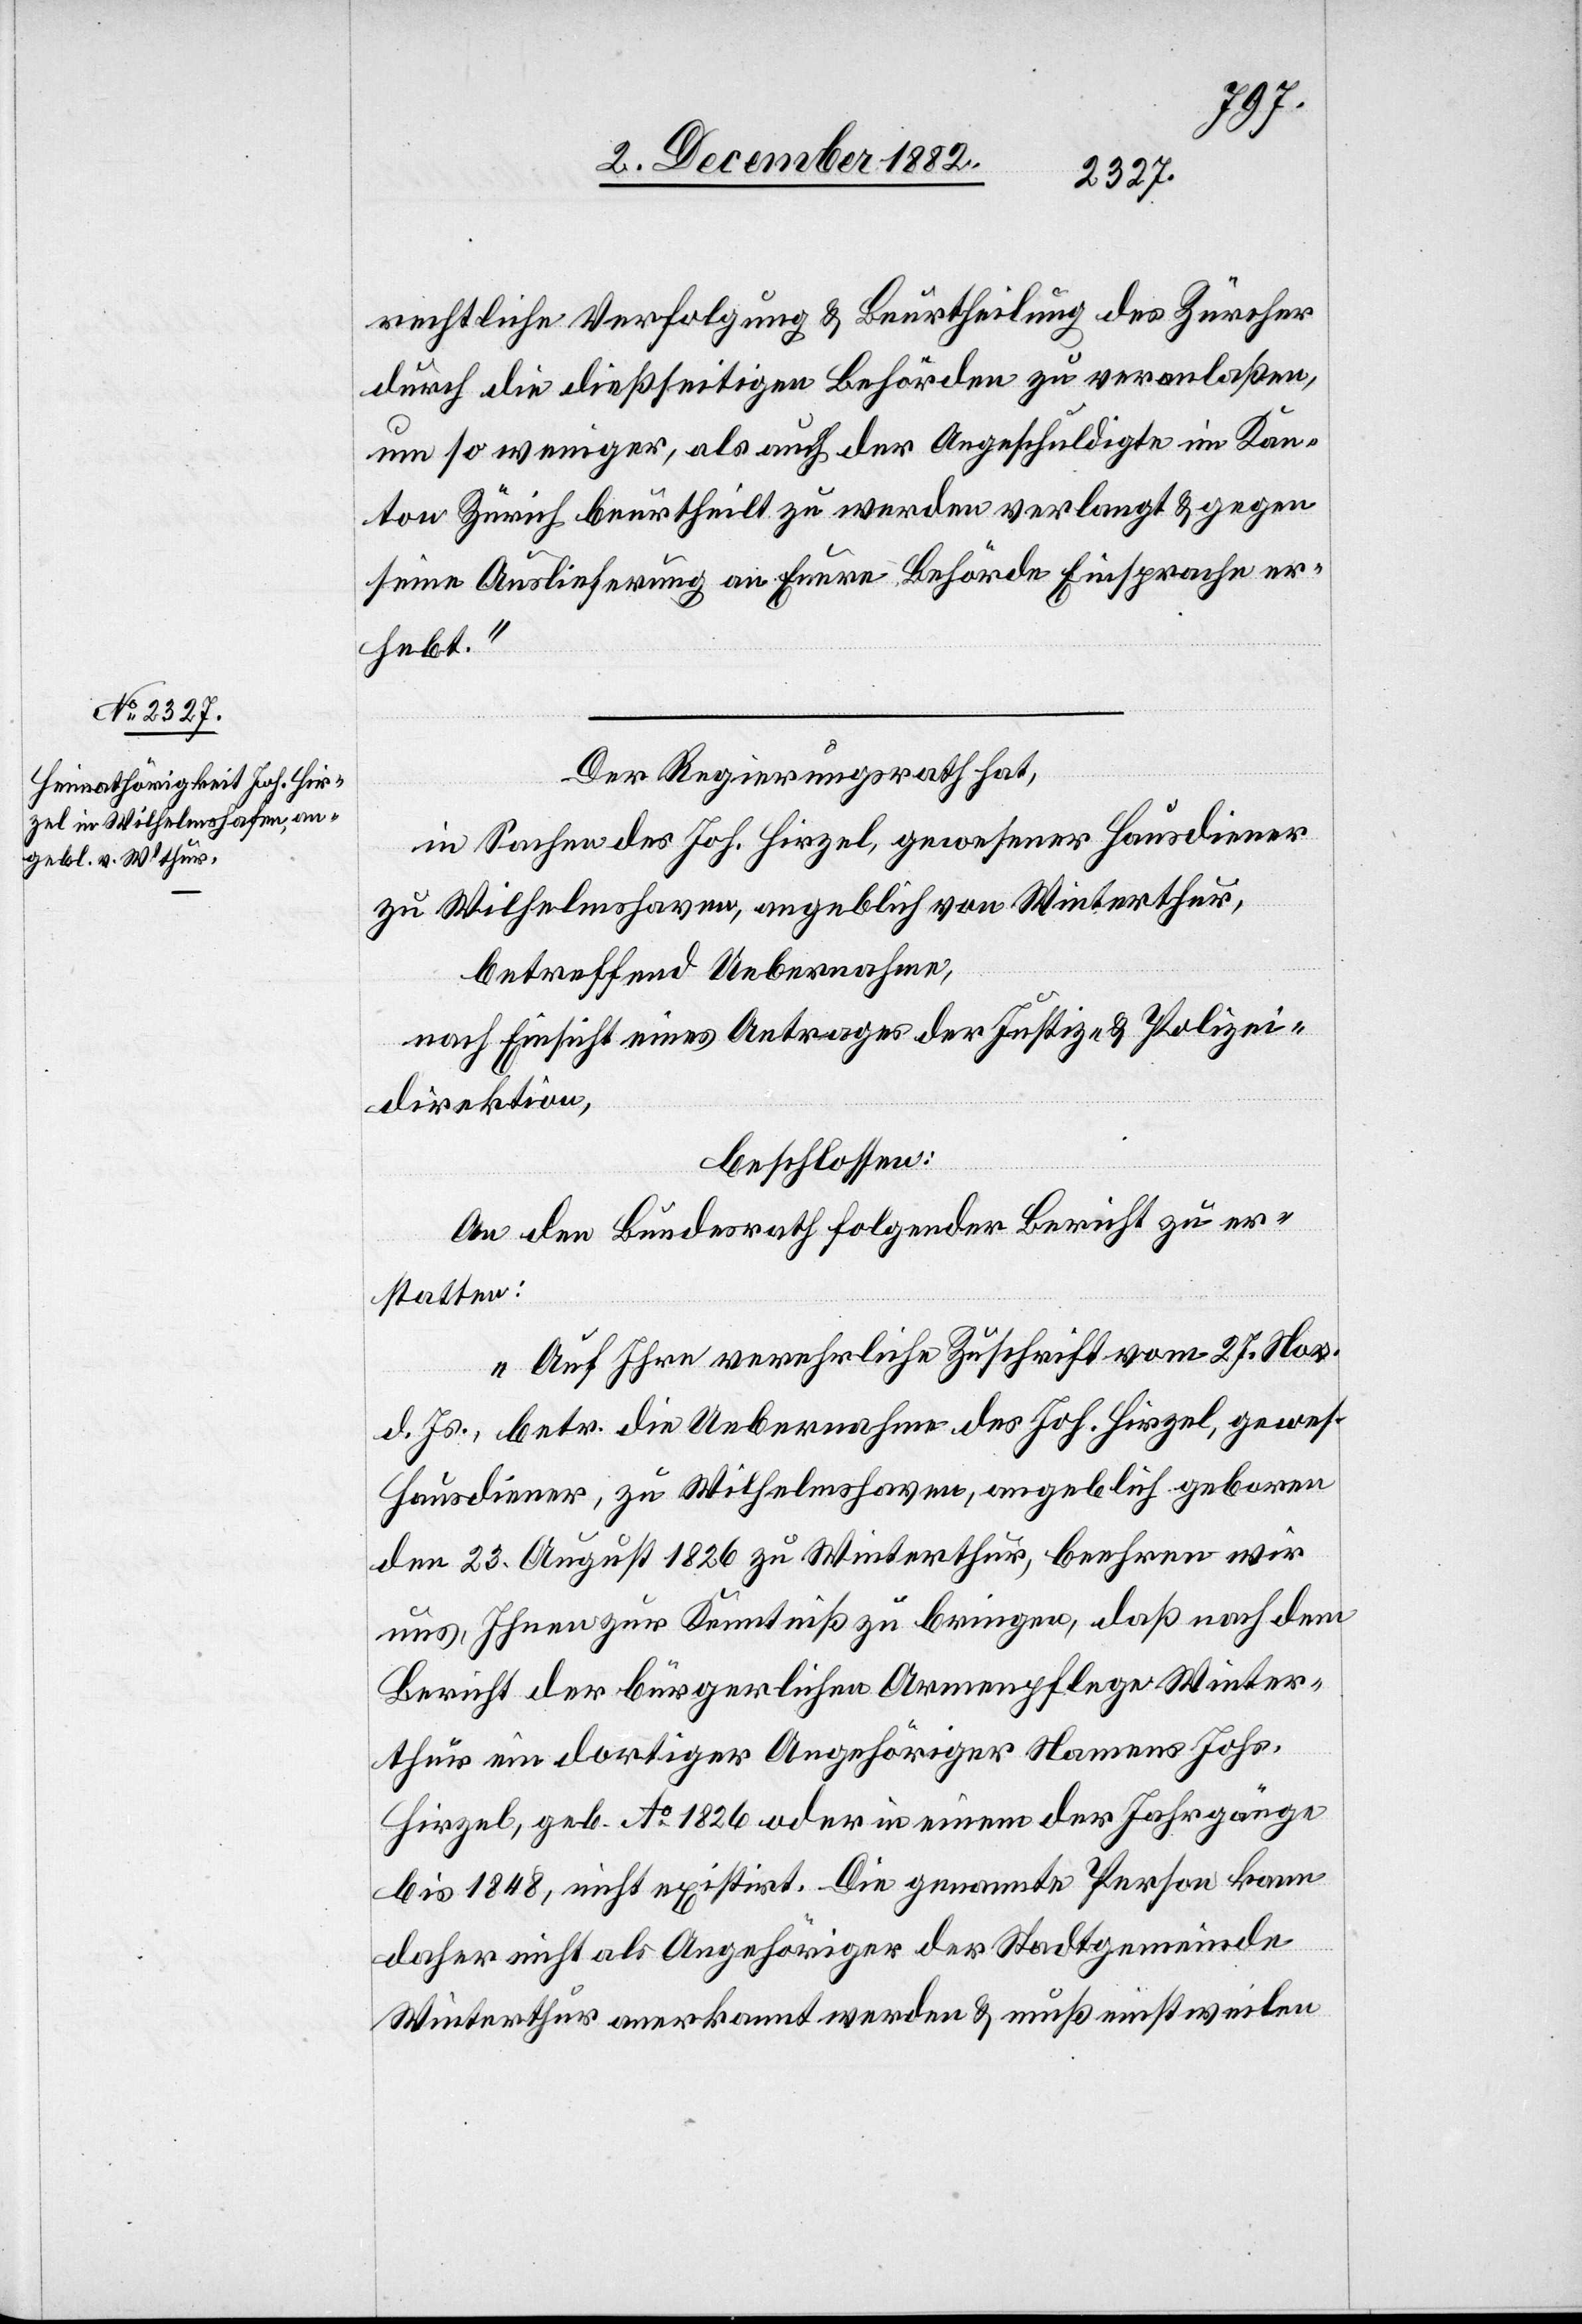
2. December 1882.]
rechtliche Verfolgung & Beurtheilung des Zürcher
durch die dießseitigen Behörden zu veranlaßen,
um so weniger, als auch der Angeschuldigte im Kan¬
ton Zürich beurtheilt zu werden verlangt & gegen
seine Auslieferung an Euere Behörde Einsprache er¬
hebt.“
Der Regierungsrath hat,
in Sachen des Joh. Hirzel, gewesener Hausdiener
zu Wilhelmshaven [sic!], angeblich von Winterthur,
betreffend Uebernahme,
nach Einsicht eines Antrages der Justiz- & Polizei¬
direktion,
beschlossen:
An den Bundesrath [ist] folgender Bericht zu er¬
statten:
„Auf Ihre verehrliche Zuschrift vom 27. Nov.
d. Js., betr. die Uebernahme des Joh. Hirzel, gewes.
Hausdiener, zu Wilhelmshaven, angeblich geboren
den 23. August 1826 zu Winterthur, beehren wir
uns, Ihnen zur Kenntniß zu bringen, daß nach dem
Bericht der bürgerlichen Armenpflege Winter¬
thur ein dortiger Angehöriger Namens Johs.
Hirzel, geb. Ao 1826 oder in einem der Jahrgänge
bis 1848, nicht existirt. Die genannte Person kann
daher nicht als Angehöriger der Stadtgemeinde
Winterthur anerkannt werden & muß einstweilen